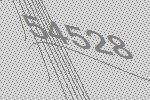
54528